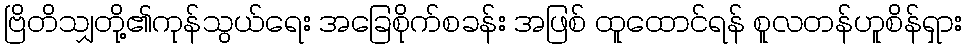
ဗြိတိသျှတို့၏ကုန်သွယ်ရေး အခြေစိုက်စခန်း အဖြစ် ထူထောင်ရန် စူလတန်ဟူစိန်ရှား